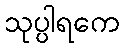
သုပ္ပါရကေ